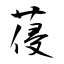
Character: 葠